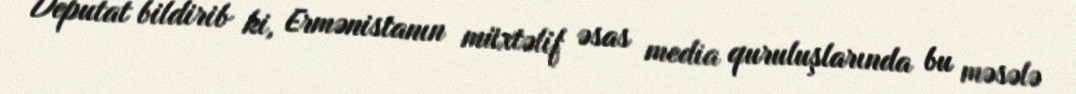
Deputat bildirib ki, Ermənistanın müxtəlif əsas media quruluşlarında bu məsələ